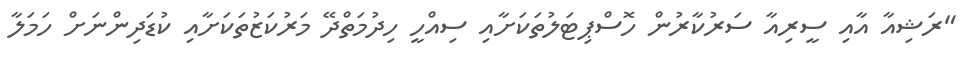
"ރަޝިއާ އާއި ސީރިއާ ސަރުކާރުން ހޮސްޕިޓަލުތަކަށާއި ސިއްހީ ހިދުމަތްދޭ މަރުކަޒުތަކަށާއި ކުޑަދިންނަށް ހަމަލާ